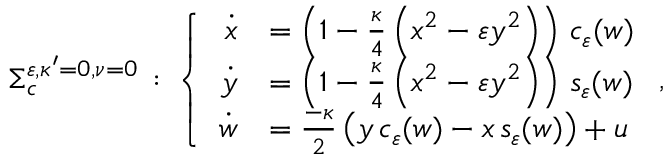
\begin{array} { r } { \Sigma _ { c } ^ { \varepsilon , \kappa ^ { \prime } = 0 , \nu = 0 } \, : \, \left\{ \begin{array} { r l } { \dot { x } } & { = \left( 1 - \frac { \kappa } { 4 } \left( x ^ { 2 } - \varepsilon y ^ { 2 } \right) \right) \, c _ { \varepsilon } ( w ) } \\ { \dot { y } } & { = \left( 1 - \frac { \kappa } { 4 } \left( x ^ { 2 } - \varepsilon y ^ { 2 } \right) \right) \, s _ { \varepsilon } ( w ) } \\ { \dot { w } } & { = \frac { - \kappa } { 2 } \left( y \, c _ { \varepsilon } ( w ) - x \, s _ { \varepsilon } ( w ) \right) + u } \end{array} \right. , } \end{array}